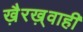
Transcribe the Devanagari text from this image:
ख़ैरख़्वाही